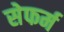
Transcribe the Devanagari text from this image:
सेफर्म